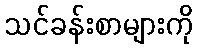
သင်ခန်းစာများကို